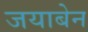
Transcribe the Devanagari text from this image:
जयाबेन